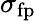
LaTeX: \sigma_{\mathrm{fp}}